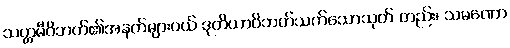
သတ္တမီဝိဘတ်၏အနက်များဝယ် ဒုတိယာဝိဘတ်သက်သောသုတ် တည်း၊ သမဏော